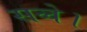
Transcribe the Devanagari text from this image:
सव्वे।